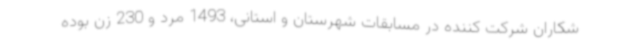
شکاران شرکت کننده در مسابقات شهرستان و استانی، 1493 مرد و 230 زن بوده